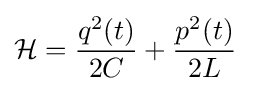
{\mathcal {H}}={\frac {q^{2}(t)}{2C}}+{\frac {p^{2}(t)}{2L}}\